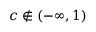
c \notin ( - \infty , 1 )